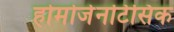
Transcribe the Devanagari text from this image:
होमोजेनटिसिक